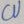
Text: CU